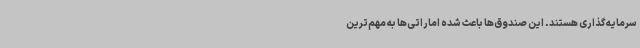
سرمایه‌گذاری هستند. این صندوق‌ها باعث شده اماراتی‌ها به مهم‌ترین